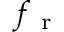
f _ { \mathrm { ~ r ~ } }